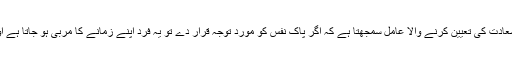
«جدّ» وہی «بخت» ہے اور اسے انسانوں میں شقاوت و سعادت کی تعیین کرنے والا عامل سمجھتا ہے کہ اگر پاک نفس کو مورد توجہ قرار دے تو یہ فرد اپنے زمانے کا مربی ہو جاتا ہے اور وہ لوگوں کو رضوان الہی کی طرف راہنمائی کرتا ہے۔